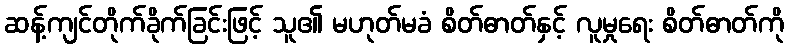
ဆန့်ကျင်တိုက်ခိုက်ခြင်းဖြင့် သူ၏ မဟုတ်မခံ စိတ်ဓာတ်နှင့် လူမှုရေး စိတ်ဓာတ်ကို